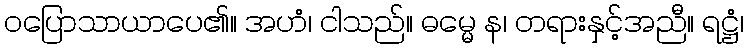
ဝပြောသာယာပေ၏။ အဟံ၊ ငါသည်။ ဓမ္မေ န၊ တရားနှင့်အညီ။ ရဋ္ဌံ၊